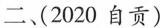
二、（2020自贡）